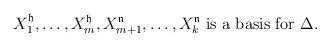
LaTeX: \begin{align*} X^{\mathfrak h}_1 ,\ldots , X^{\mathfrak h}_m , X^{\mathfrak n}_{m+1}, \ldots , X^{\mathfrak n}_k \mbox{ is a basis for } \Delta.\end{align*}